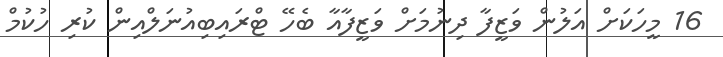
16 މީހަކަށް އަލުން ވަޒީފާ ދިނުމަށް ވަޒީފާއާ ބެހޭ ޓްރައިބިއުނަލްއިން ކުރި ހުކުމް